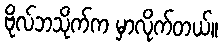
ဗိုလ်ဘသိုက်က မှာလိုက်တယ်။